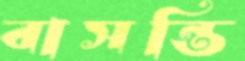
বাসন্তি